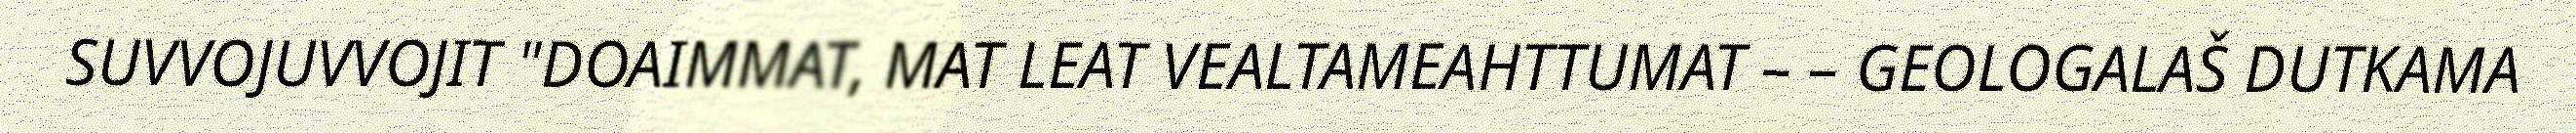
SUVVOJUVVOJIT "DOAIMMAT, MAT LEAT VEALTAMEAHTTUMAT – – GEOLOGALAŠ DUTKAMA